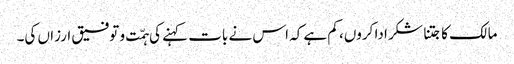
مالک کا جتنا شکر ادا کروں، کم ہے کہ اس نے بات کہنے کی ہمّت و توفیق ارزاں کی۔